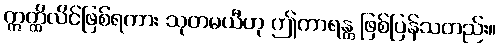
ဣတ္ထိလိင်ဖြစ်ရကား သုတမယီဟု ဤကာရန္တ ဖြစ်ပြန်သတည်း။